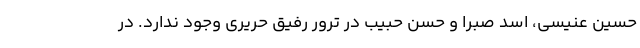
حسین عنیسی، اسد صبرا و حسن حبیب در ترور رفیق حریری وجود ندارد. در